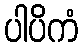
ပါပိကံ